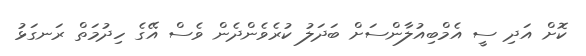
ކޮށް އަދި ސީ އެމްބިއުލާންސަށް ބަދަލު ކުރެވެންދެން ވެސް އޭގެ ހިދުމަތް ރަނގަޅު